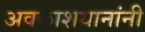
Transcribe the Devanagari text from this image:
अवकाशयानांनी